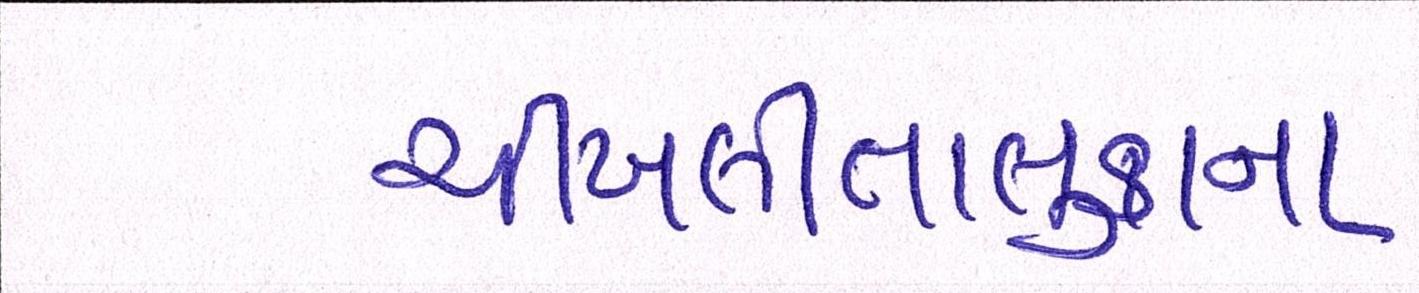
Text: ચીખલીતાલુકાના